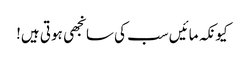
کیونکہ مائیں سب کی سانجھی ہوتی ہیں!